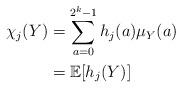
LaTeX: \begin{align*}\chi_j(Y)& = \sum_{a=0}^{2^k-1} h_j (a) \mu_Y(a)\\& = \mathbb{E}[h_j(Y)]\end{align*}